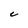
Character: C